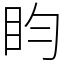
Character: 盷